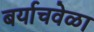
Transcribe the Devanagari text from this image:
बर्याचवेळा